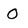
Character: 0